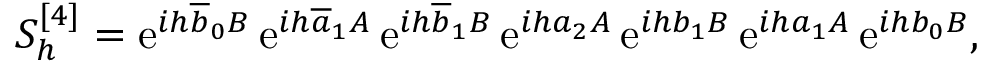
S _ { h } ^ { [ 4 ] } = \ensuremath { \mathrm { e } } ^ { i h \overline { { b } } _ { 0 } B } \, \ensuremath { \mathrm { e } } ^ { i h \overline { { a } } _ { 1 } A } \, \ensuremath { \mathrm { e } } ^ { i h \overline { { b } } _ { 1 } B } \, \ensuremath { \mathrm { e } } ^ { i h a _ { 2 } A } \, \ensuremath { \mathrm { e } } ^ { i h b _ { 1 } B } \, \ensuremath { \mathrm { e } } ^ { i h a _ { 1 } A } \, \ensuremath { \mathrm { e } } ^ { i h b _ { 0 } B } ,